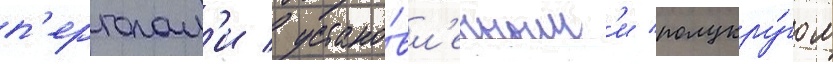
п'ерголам'и / устано́вл'енным'и полукру́гом